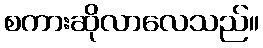
စကားဆိုလာလေသည်။